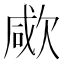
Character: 㰹